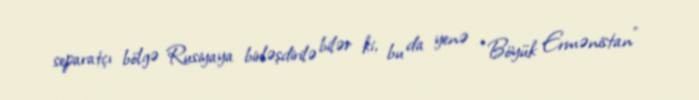
separatçı bölgə Rusiyaya birləşdirilə bilər ki, bu da yenə “Böyük Ermənistan”